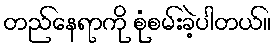
တည်နေရာကို စုံစမ်းခဲ့ပါတယ်။